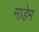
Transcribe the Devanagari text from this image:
माडेम